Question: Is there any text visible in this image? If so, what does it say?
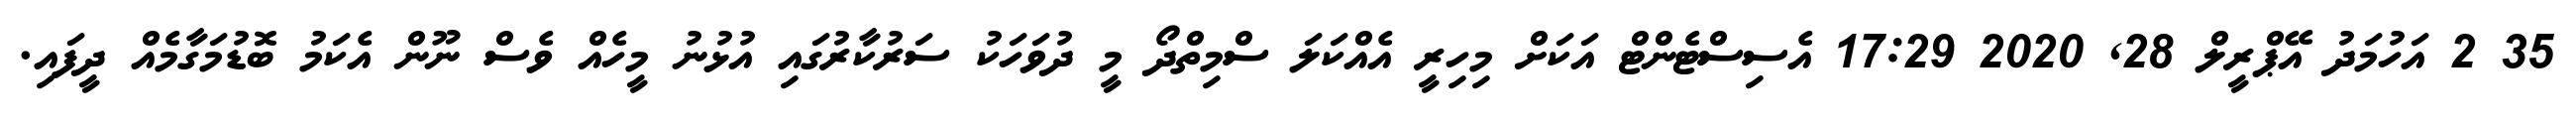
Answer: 35 2 އަހުމަދު އޭޕްރީލް 28, 2020 17:29 އެސިސްޓެންޓް އަކަށް މިހިރީ އެއްކަލަ ސްމިތްދޯ މީ ދުވަހަކު ސަރުކާރުގައި އުޅުނު މީހެއް ވެސް ނޫން އެކަމު ބޮޑުމަގާމެއް ދީފައި.